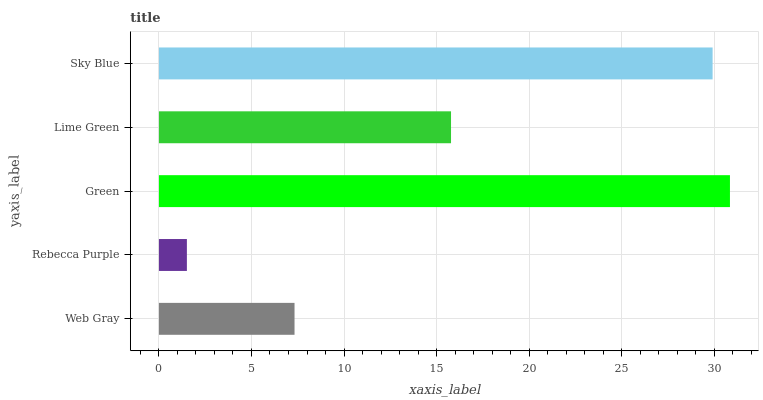
| yaxis_label | bars |
 | --- | --- |
 | Web Gray | 7.33 |
 | Rebecca Purple | 1.51 |
 | Green | 30.9 |
 | Lime Green | 15.8 |
 | Sky Blue | 29.9 |